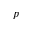
p